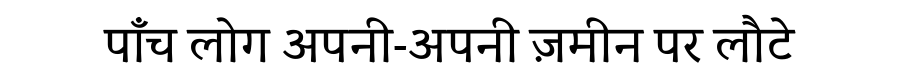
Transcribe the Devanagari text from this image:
पाँच लोग अपनी-अपनी ज़मीन पर लौटे